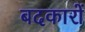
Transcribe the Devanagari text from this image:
बदकारों